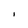
Character: I